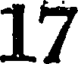
17